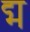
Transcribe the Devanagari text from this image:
द्म